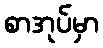
စာအုပ်မှာ